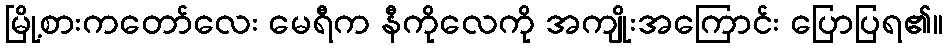
မြို့စားကတော်လေး မေရီက နီကိုလေကို အကျိုးအကြောင်း ပြောပြရ၏။